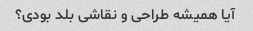
آیا همیشه طراحی و نقاشی بلد بودی؟